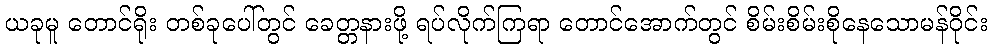
ယခုမူ တောင်ရိုး တစ်ခုပေါ်တွင် ခေတ္တနားဖို့ ရပ်လိုက်ကြရာ တောင်အောက်တွင် စိမ်းစိမ်းစိုနေသောမန်ဝိုင်း